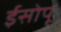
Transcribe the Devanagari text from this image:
ईसोपू